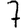
Digit: 7